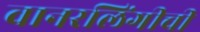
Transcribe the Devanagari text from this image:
वानरलिंगीची